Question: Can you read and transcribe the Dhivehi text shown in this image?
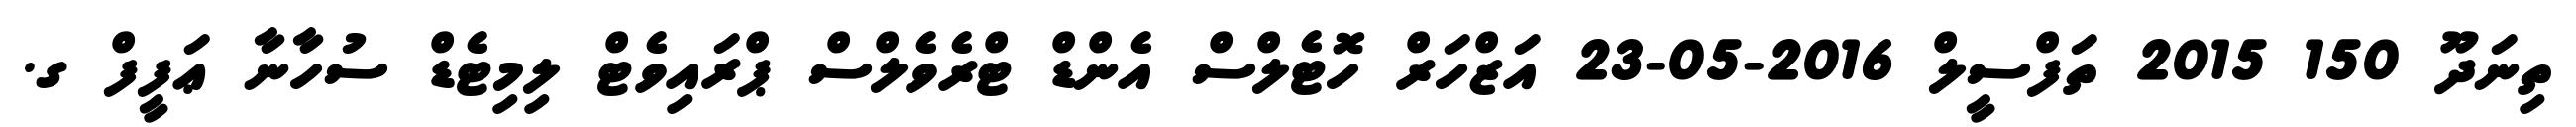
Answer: ތިނަދޫ 150 2015 ތަފްސީލް 2016-05-23 އަޒްހަރް ހޮޓެލްސް އެންޑް ޓްރެވެލްސް ޕްރައިވެޓް ލިމިޓެޑް ސުހާނާ ޢަފީފް ގ.